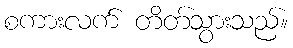
စကားလက် တိတ်သွားသည်။